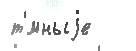
т'́мныjе